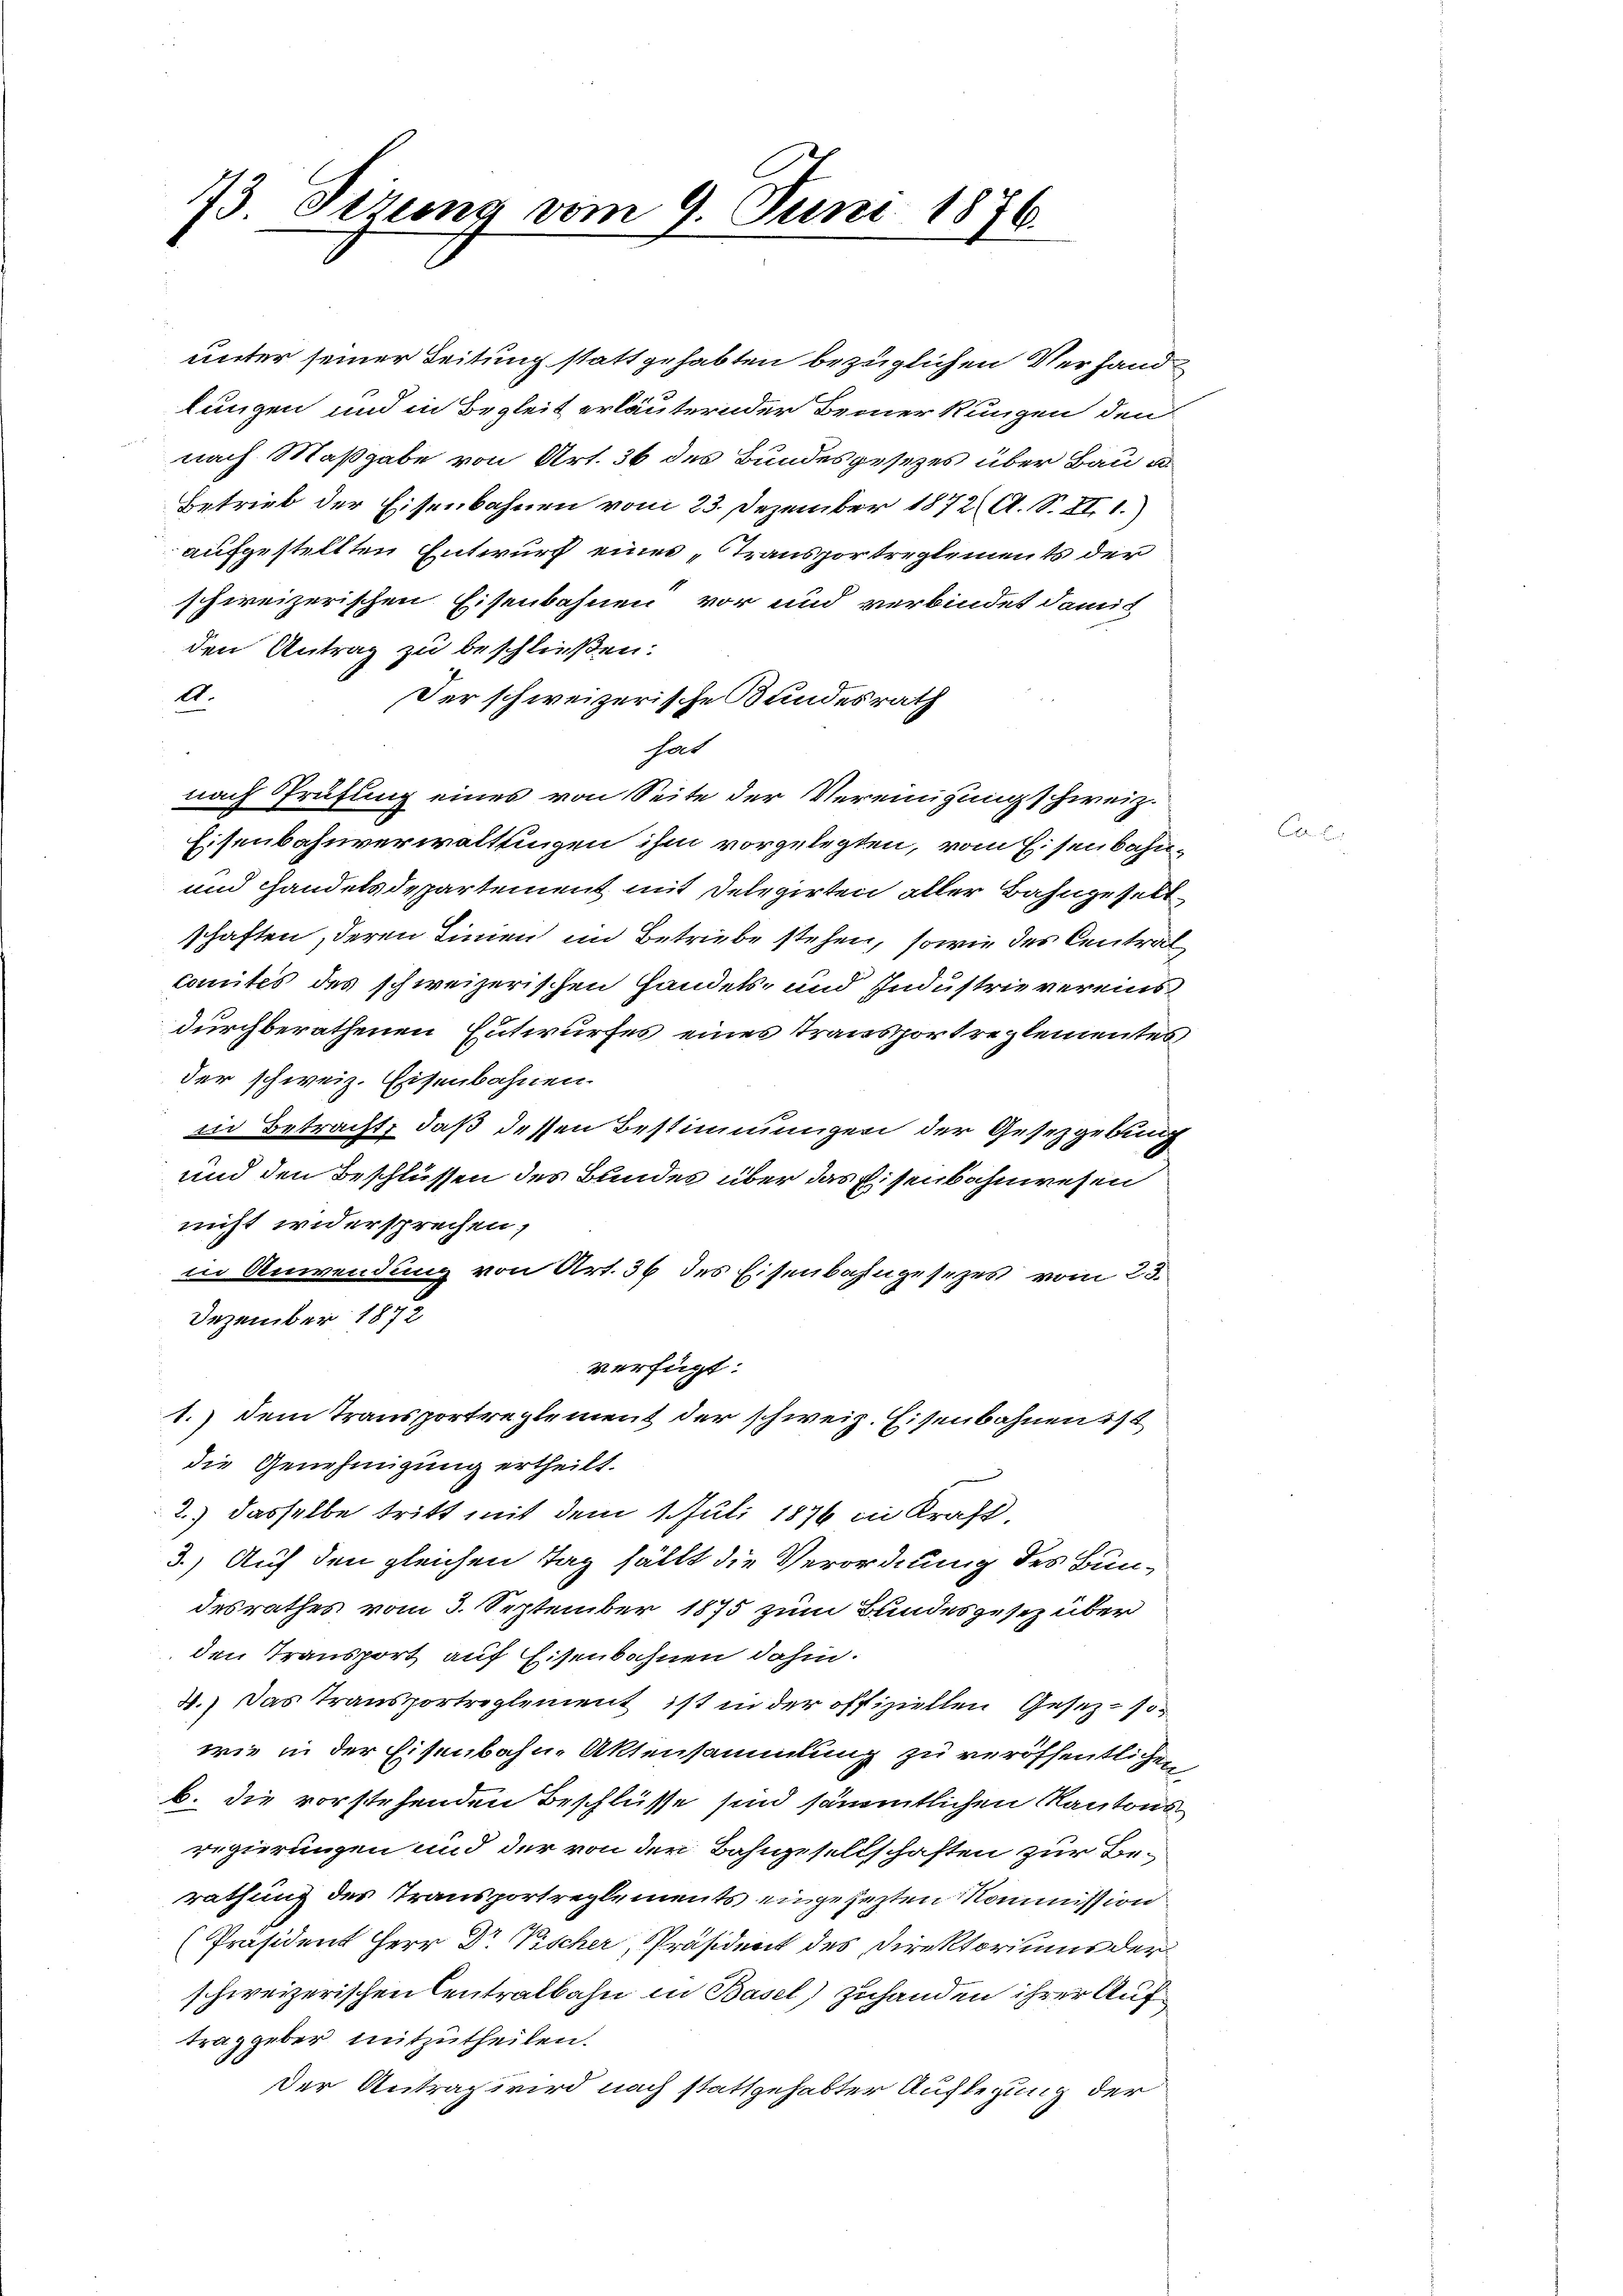
73 Sizung vom 9. Juni 1876.
.

den Antrag zu beschließen.
A.
Der schweizerische Bundesrath
hat
nach Prüfung eines von Seite der Vereinigung schweiz.
Eisenbahnverwaltungen ihm vorgelegten, vom Eisenbahn¬
und Handelsdepartement mit Delegirten aller Bahngeselt
schaften, deren Linien im Betriebe stehen, sowie des Central
comités des schweizerischen Handels- und Industrie vereins
durchberathenen Entwurfes eines Transportreglementes
der schweiz. Eisenbahnen.
in Betracht, daß dessen Bestimmungen der Gesetzgebung
und den Beschlüssen des Bundes über das Eisenbahnwesen
nicht widersprechen,
in Anwendung von Art. 36 des Eisenbahngesezes vom 23.
Dezember 1872
verfügt:
1.) Dem Transportreglement der schweiz. Eisenbahnen ist
die Genehmigung ertheilt.
2.) dasselbe tritt mit dem 1. Juli 1876 in Kraft,
3.) Auf den gleichen Tag fällt die Verordnung des Bundesrathes vom 3. September 1875 zum Bundesgesez über
den Transport auf Eisenbahnen dahin.
4.) Das Transportreglement ist in der offiziellen Gesez-sowie in der Eisenbahn-Aktensammlung zu veröffentlichen
b. die vorstehenden Beschlüsse sind sämmtlichen Kantons
regierungen und der von der Bahngesellschaften zur Berathung des Transportreglements eingesezten Kommission
[Präsident Herr Dr Pischer, Präsident des Direktoriums derschweizerischen Centralbahn in Basel) zuhanden ihrer Auftrag geber mitzutheilen.
Der Antrag wird nach stattgehabter Auflegung der

unter seiner Leitung statt gehabten bezüglichen Verhandlungen und in Begleit erläuternder Bemerkungen den
nach Maßgabe von Art. 36 des Bundesgesezes über Bau u.
Betrieb der Eisenbahnen vom 23. Dezember 1872 A. S. XI. 1.
aufgestellten Entwurf eines „Transportreglements der
schweizerischen Eisenbahnen vor und verbindet damit